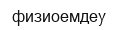
физиоемдеу